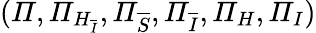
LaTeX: (\mathit{\Pi},\mathit{\Pi}_{H_{\overline{{I}}}},\mathit{\Pi}_{\overline{{S}}},\mathit{\Pi}_{\overline{{I}}},\mathit{\Pi}_{H},\mathit{\Pi}_{I})